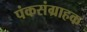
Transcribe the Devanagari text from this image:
पंकसंग्राहक